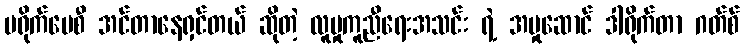
ပရိုက်ဗေစီ အင်တာနေရှင်တယ် ဆိုတဲ့ လူမှုကူညီရေးအသင်း ရဲ့ အမှုဆောင် ဒါရိုက်တာ ဂတ်စ်